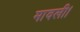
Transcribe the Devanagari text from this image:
मावली।